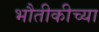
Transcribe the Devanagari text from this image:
भौतीकीच्या